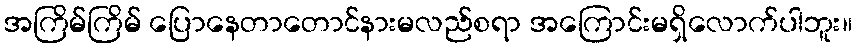
အကြိမ်ကြိမ် ပြောနေတာတောင်နားမလည်စရာ အကြောင်းမရှိလောက်ပါဘူး။